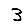
Digit: 3